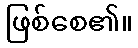
ဖြစ်စေ၏။